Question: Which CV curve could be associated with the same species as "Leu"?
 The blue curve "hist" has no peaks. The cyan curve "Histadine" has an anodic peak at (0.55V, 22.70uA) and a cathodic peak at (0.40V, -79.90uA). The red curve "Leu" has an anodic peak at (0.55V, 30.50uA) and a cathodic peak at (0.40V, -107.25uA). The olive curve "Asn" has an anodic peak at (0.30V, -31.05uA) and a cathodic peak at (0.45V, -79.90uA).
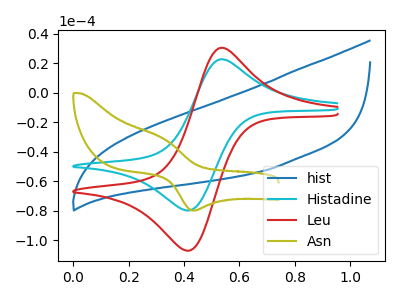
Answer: <think>"hist" and "Histadine" have a different number of peaks. "hist" and "Leu" have a different number of peaks. "hist" and "Asn" have a different number of peaks. All the peaks in "Histadine" have a peak in "Leu" at the same potential. Every peak in "Histadine" is lower than every peak in "Leu". "Histadine" and "Asn" have at least one peak that do not match. "Leu" and "Asn" have at least one peak that do not match.
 </think>
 <answer>The CV with the most similar shape to "Histadine" is "Leu".</answer>
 <eval>"Leu"</eval>